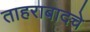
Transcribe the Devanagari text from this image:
ताहराबादचे